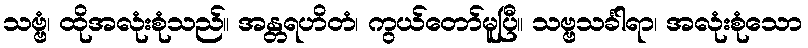
သဗ္ဗံ၊ ထိုအလုံးစုံသည်။ အန္တရဟိတံ၊ ကွယ်တော်မူပြီ။ သဗ္ဗသင်္ခါရာ၊ အလုံးစုံသော